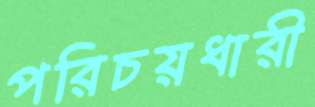
পরিচয়ধারী